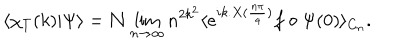
\langle \chi _ { T } ( k ) | \Psi \rangle = \mathcal { N } \lim _ { n \to \infty } n ^ { 2 k ^ { 2 } } \langle e ^ { i k . X ( \frac { n \pi } { 4 } ) } f \circ \Psi ( 0 ) \rangle _ { C _ { n } } .